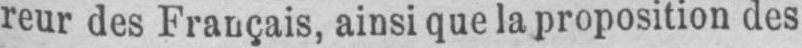
reur des Français, ainsi que la proposition des